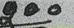
200